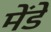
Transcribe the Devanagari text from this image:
मेंडे